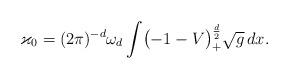
LaTeX: \begin{align*}\varkappa_0 =(2\pi )^{-d}\omega_d\int \bigl(-1-V\bigr)_+^{\frac{d}{2}}\sqrt g\, dx.\end{align*}